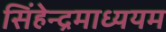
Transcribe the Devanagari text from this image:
सिंहेन्द्रमाध्ययम